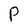
Character: P